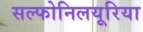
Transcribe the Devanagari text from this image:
सल्फोनिलयूरिया